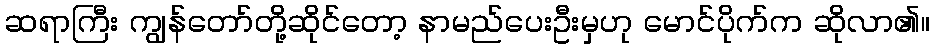
ဆရာကြီး ကျွန်တော်တို့ဆိုင်တော့ နာမည်ပေးဦးမှဟု မောင်ပိုက်က ဆိုလာ၏။